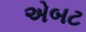
એબટ